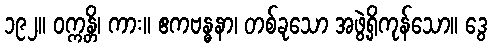
၁၉၂။ ဝက္ကန္တိ၊ ကား။ ဧကဗန္ဓနာ၊ တစ်ခုသော အဖွဲ့ရှိကုန်သော။ ဒွေ